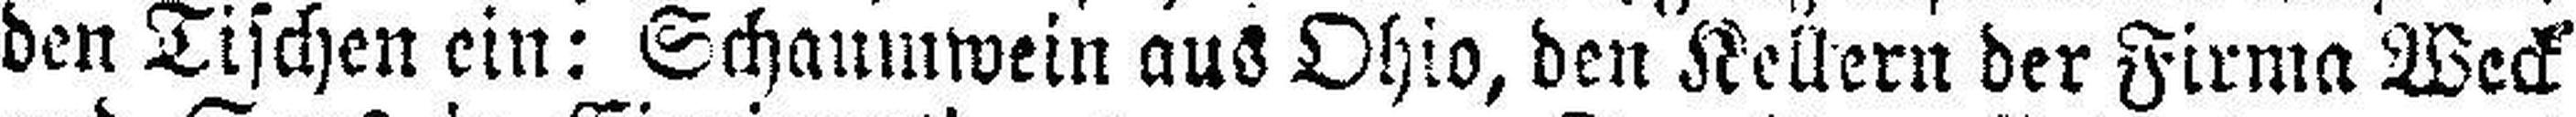
den Tischen ein: Schaumwein aus Ohio, den Kellern der Firma Weck